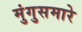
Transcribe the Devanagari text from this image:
मुंगुसमारे